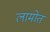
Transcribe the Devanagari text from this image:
लामोत